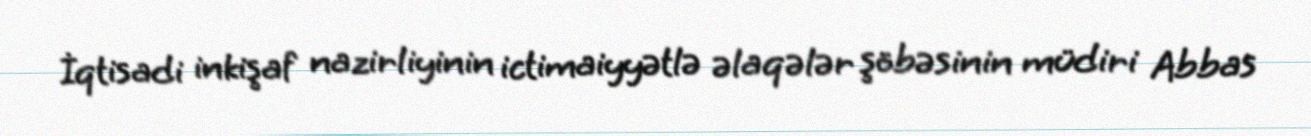
İqtisadi inkişaf nazirliyinin ictimaiyyətlə əlaqələr şöbəsinin müdiri Abbas